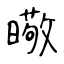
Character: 曔